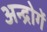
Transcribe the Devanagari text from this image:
अन्द्रोगें